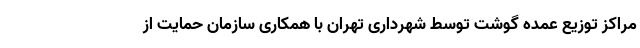
مراکز توزیع عمده گوشت توسط شهرداری تهران با همکاری سازمان حمایت از